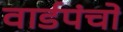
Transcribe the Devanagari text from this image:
वार्डपंचों